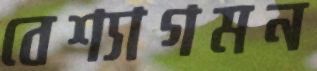
বেশ্যাগমন